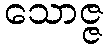
သောဇ္ဇ